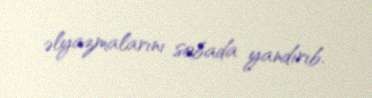
əlyazmalarını sobada yandırıb.